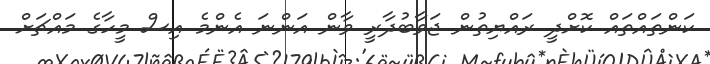
ކަންތައްތައް ކޮށްދީ ރައްޔިތުން ޖަވާބުދާރީ ވާން އަންނަ އެންމެ އިސް މީހާގެ މައްޗަށް